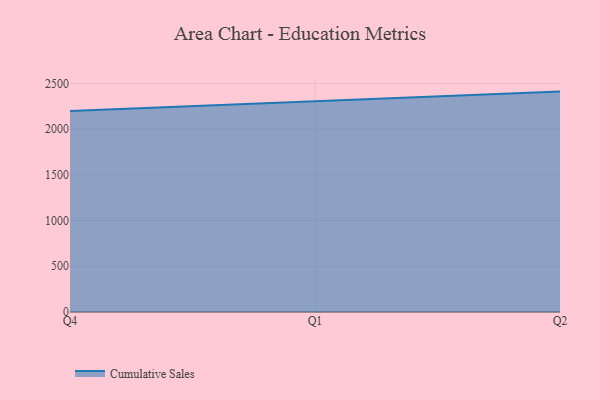
{"axis": {"x": "Quarter", "y": "Tickets Resolved"}, "legend": ["Cumulative Sales"], "data": [{"x": "Q4", "y": 2198.7, "type": "Cumulative Sales"}, {"x": "Q1", "y": 2306.1, "type": "Cumulative Sales"}, {"x": "Q2", "y": 2410.1, "type": "Cumulative Sales"}]}